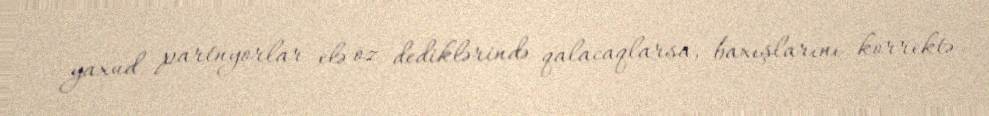
yaxud partnyorlar elə öz dediklərində qalacaqlarsa, baxışlarını korrektə